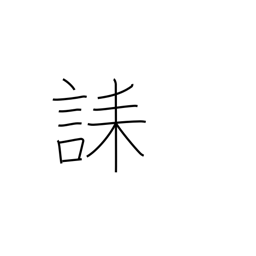
Meaning: condolence message